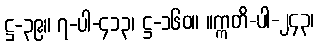
ဋ္ဌ-၃၉။ ၇-ပါ-၄၁၃၊ ဋ္ဌ-၁၆၀။ ။ဣတိ-ပါ-၂၄၃၊